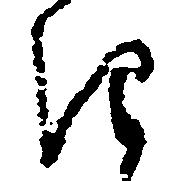
き